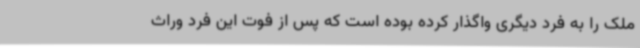
ملک را به فرد دیگری واگذار کرده بوده است که پس از فوت این فرد وراث